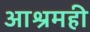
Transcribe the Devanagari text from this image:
आश्रमही